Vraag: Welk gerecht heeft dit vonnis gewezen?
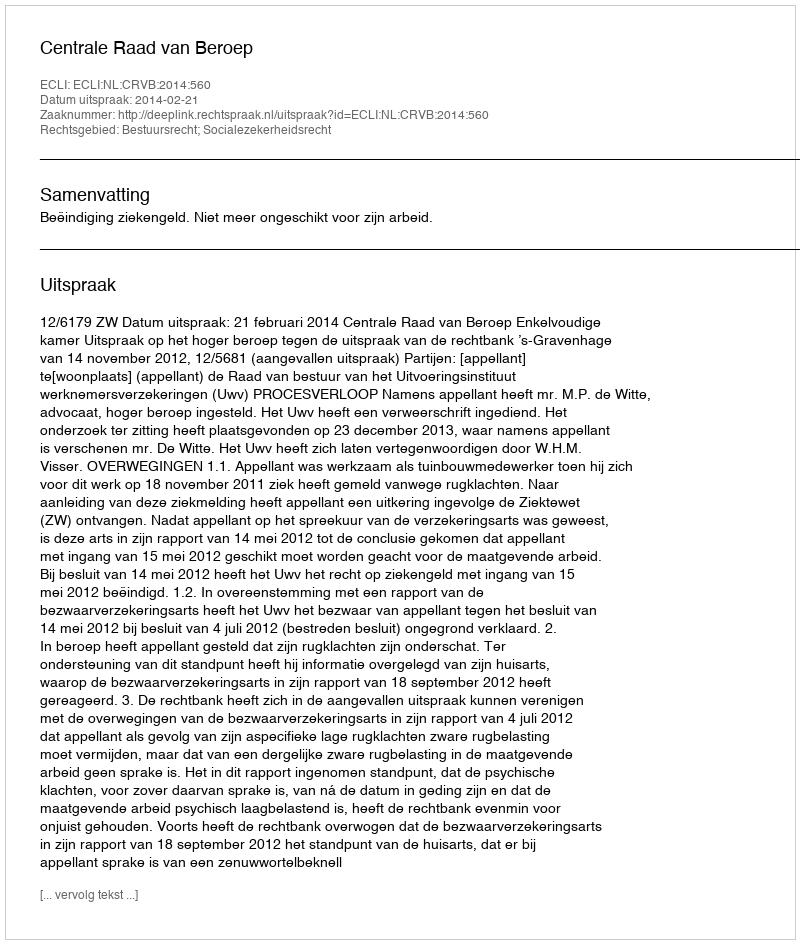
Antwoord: Centrale Raad van Beroep